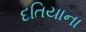
દતિયાના